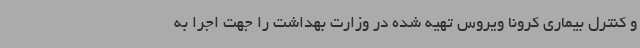
و کنترل بیماری کرونا ویروس تهیه شده در وزارت بهداشت را جهت اجرا به